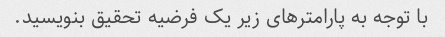
با توجه به پارامترهای زیر یک فرضیه تحقیق بنویسید.